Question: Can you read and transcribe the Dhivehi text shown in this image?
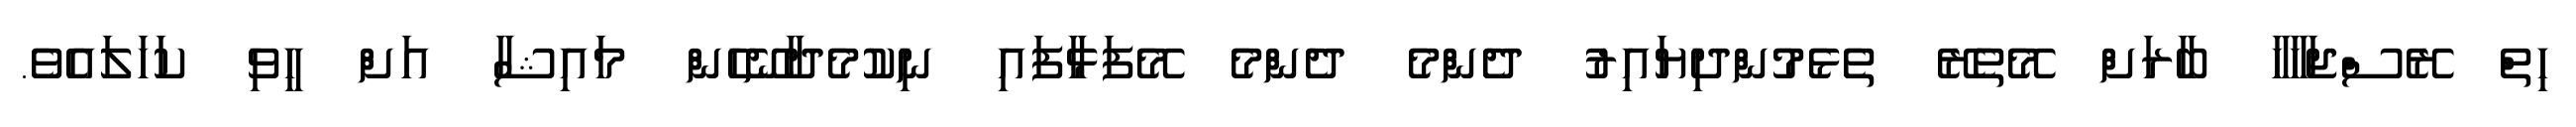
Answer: ހިތް ރޭސްޖަހާހާ ބާރަށް މޭތެރޭ ތެޅެމުންދިޔައިރު ދެންމެ ދެންމެ މޭފަޅާފައި ނިކުމެދާނޭހެން މައިޝާ އަށް ހީވި ކަހަލައެވެ.